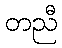
တညီ